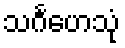
သင်္ဂဟေသုံ